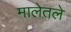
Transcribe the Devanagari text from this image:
मालेतले